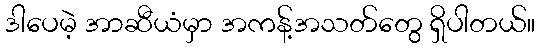
ဒါပေမဲ့ အာဆီယံမှာ အကန့်အသတ်တွေ ရှိပါတယ်။